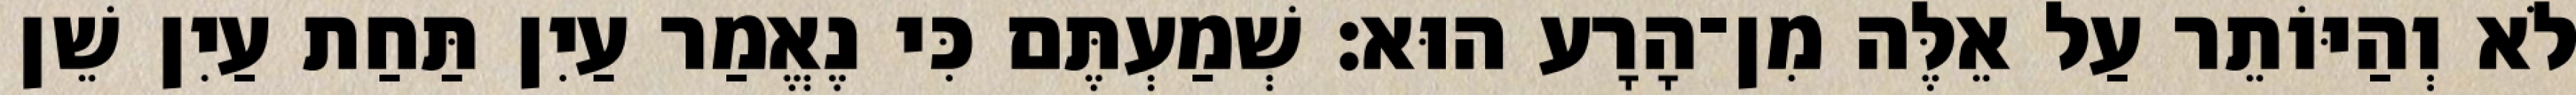
לֹא וְהַיּוֹתֵר עַל אֵלֶּה מִן־הָרָע הוּא׃ שְׁמַעְתֶּם כִּי נֶאֱמַר עַיִן תַּחַת עַיִן שֵׁן